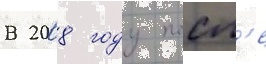
В 2008 году посл'е